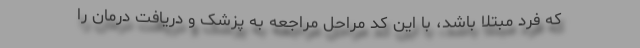
که فرد مبتلا باشد، با این کد مراحل مراجعه به پزشک و دریافت درمان را